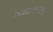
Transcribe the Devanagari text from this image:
केरळसारखीच